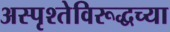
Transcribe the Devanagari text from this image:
अस्पृश्तेविरूद्धच्या